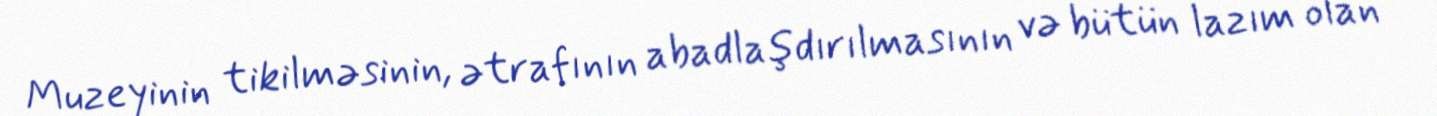
Muzeyinin tikilməsinin, ətrafının abadlaşdırılmasının və bütün lazım olan